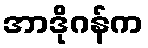
အာဒိုဂန်က